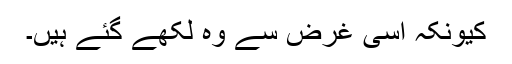
کیونکہ اسی غرض سے وہ لکھے گئے ہیں۔